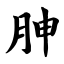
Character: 胂